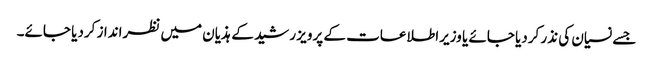
جسے نسیان کی نذر کردیا جائے یا وزیراطلاعات کے پرویز رشید کے ہذیان میں نظرانداز کردیا جائے۔